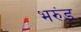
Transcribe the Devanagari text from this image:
भरुंड